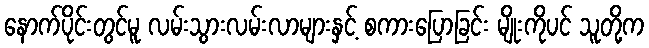
နောက်ပိုင်းတွင်မူ လမ်းသွားလမ်းလာများနှင့် စကားပြောခြင်း မျိုးကိုပင် သူတို့က